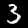
Label: 3